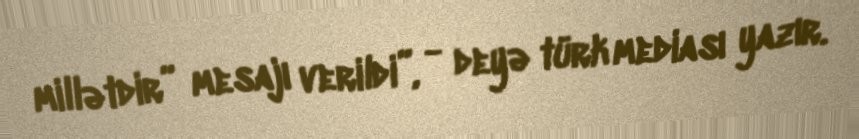
millətdir” mesajı verildi”, - deyə türk mediası yazır.